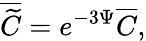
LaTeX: \overline{{{\widetilde{C}}}}=e^{-3\Psi}\overline{{{C}}},